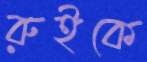
রুইকে